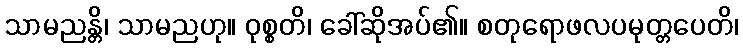
သာမညန္တိ၊ သာမညဟု။ ဝုစ္စတိ၊ ခေါ်ဆိုအပ်၏။ စတုရောဖလပမုတ္တပေတိ၊